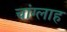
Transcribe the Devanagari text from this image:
चांग्लाह